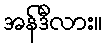
အန်ဒီလား။